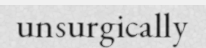
unsurgically